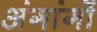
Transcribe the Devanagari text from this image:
अंगांगों